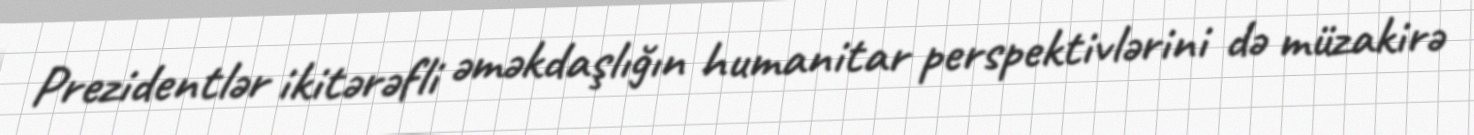
Prezidentlər ikitərəfli əməkdaşlığın humanitar perspektivlərini də müzakirə